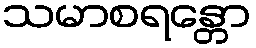
သမာစရန္တော